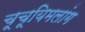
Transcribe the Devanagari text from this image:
चूचूयिमलांग